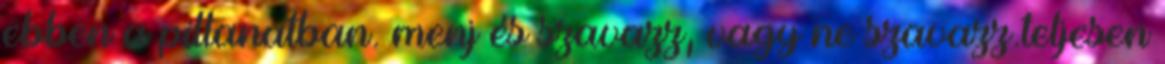
ebben a pillanatban. menj és szavazz, vagy ne szavazz.teljesen